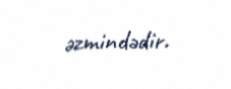
əzmindədir.